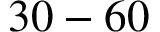
3 0 - 6 0